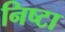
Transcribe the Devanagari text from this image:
निष्टा